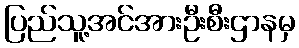
ပြည်သူ့အင်အားဦးစီးဌာနမှ